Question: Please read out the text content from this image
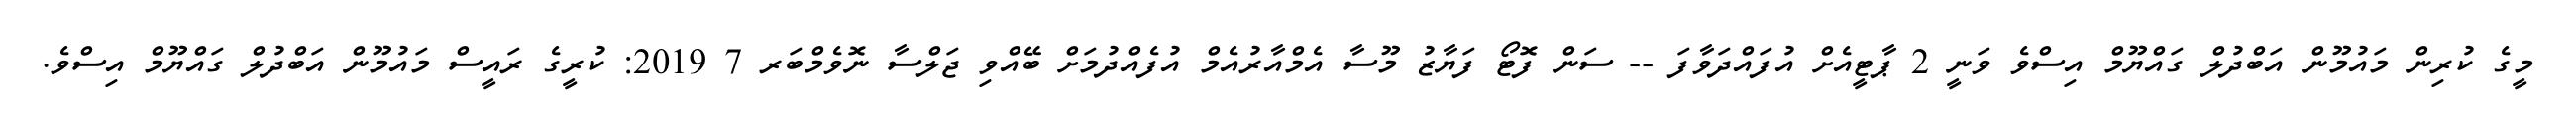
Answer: މީގެ ކުރިން މައުމޫން އަބްދުލް ގައްޔޫމް އިސްވެ ވަނީ 2 ޕާޓީއެށް އުފައްދަވާފަ -- ސަން ފޮޓޯ ފަޔާޒު މޫސާ އެމްއާރުއެމް އުފެއްދުމަށް ބޭއްވި ޖަލްސާ ނޮވެމްބަރ 7 2019: ކުރީގެ ރައީސް މައުމޫން އަބްދުލް ގައްޔޫމް އިސްވެ.